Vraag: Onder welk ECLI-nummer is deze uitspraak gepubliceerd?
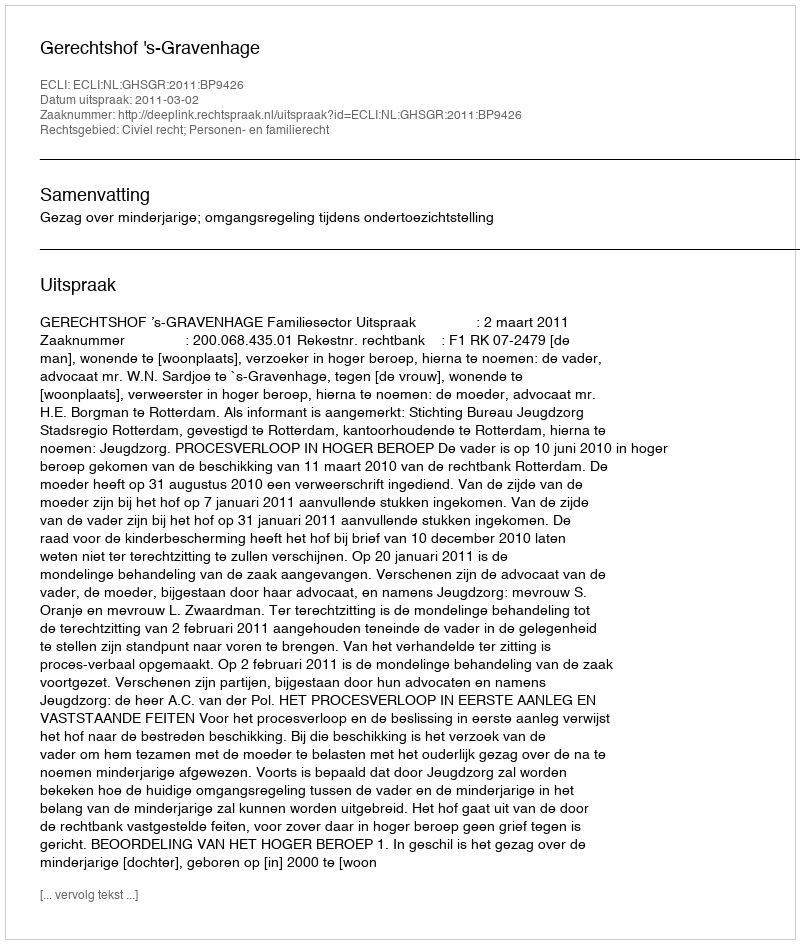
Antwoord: ECLI:NL:GHSGR:2011:BP9426